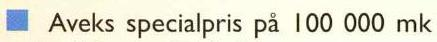
 Aveks specialpris på 100 000 mk